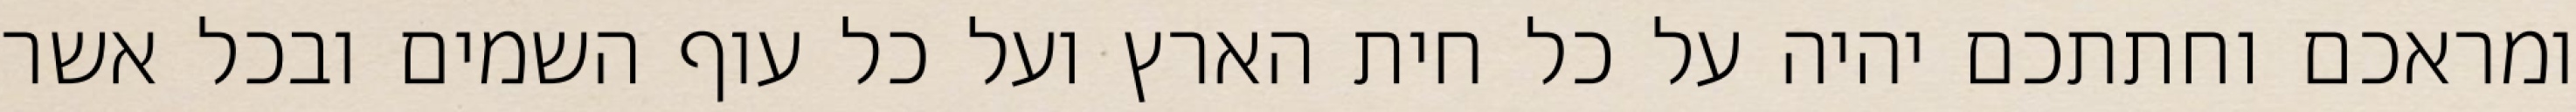
ומראכם וחתתכם יהיה על כל חית הארץ ועל כל עוף השמים ובכל אשר